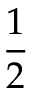
\frac { 1 } { 2 }